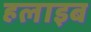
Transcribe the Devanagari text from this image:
हलाइब